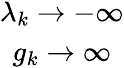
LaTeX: \begin{array}{c}{{\lambda_{k}\rightarrow-\infty}}\\ {{g_{k}\rightarrow\infty}}\end{array}